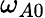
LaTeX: \omega_{A0}